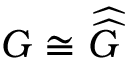
G \cong { \widehat { \widehat { G } } }